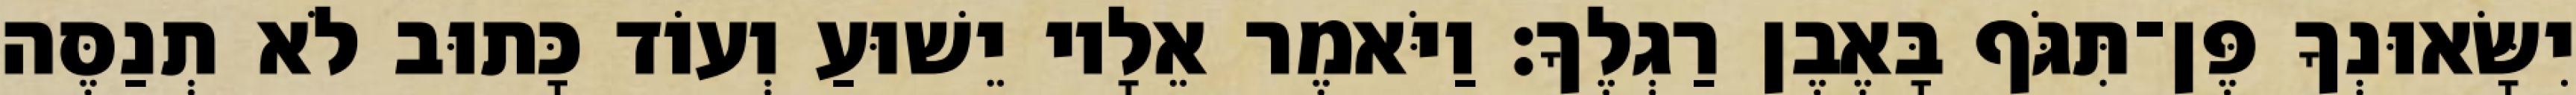
יִשָּׂאוּנְךָ פֶּן־תִּגֹּף בָּאֶבֶן רַגְלֶךָ׃ וַיֹּאמֶר אֵלָיו יֵשׁוּעַ וְעוֹד כָּתוּב לֹא תְנַסֶּה